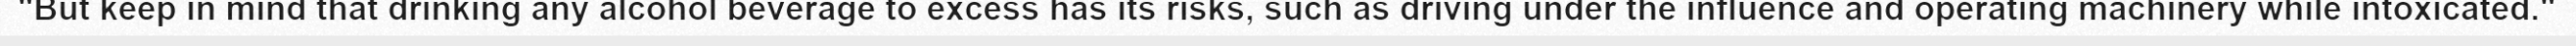
"But keep in mind that drinking any alcohol beverage to excess has its risks, such as driving under the influence and operating machinery while intoxicated."